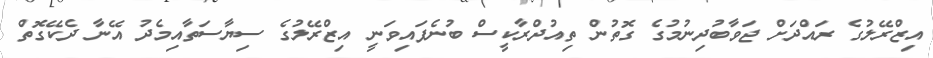
އިޒްރޭލުގެ ރައްދަށް ޖަވާބުދިނުމުގެ ގޮތުން ތިއުދްރާކީސް ބުނެފައިވަނީ އިޒްރޭލުގެ ސިޔާސަތާއިމެދު އޭނާ ދެކޭގޮތް